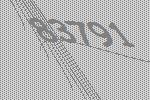
83791